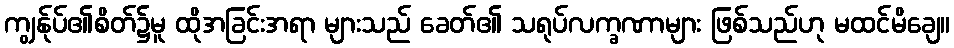
ကျွန်ုပ်၏စိတ်၌မူ ထိုအခြင်းအရာ များသည် ခေတ်၏ သရုပ်လက္ခဏာများ ဖြစ်သည်ဟု မထင်မိချေ။